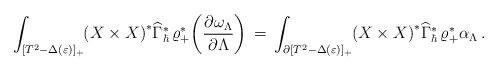
LaTeX: \begin{align*}\int_{[T^2 - \Delta(\varepsilon)]_+}\mskip-5mu \left(X \times X\right)^*\!\widehat\Gamma^*_\hbar\,\varrho_+^*\!\left(\frac{\partial\omega_\Lambda}{\partial\Lambda}\right)\,=\, \int_{\partial[T^2 - \Delta(\varepsilon)]_+}\mskip-5mu \left(X \times X\right)^*\!\widehat\Gamma^*_\hbar\,\varrho_+^*\alpha_\Lambda\,.\end{align*}